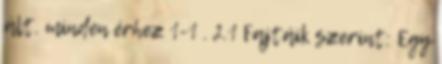
ált. minden érhez 1-1 . 2.1 Fajtáik szerint: Egy